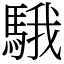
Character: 騀